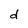
Character: d